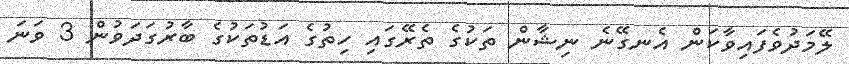
ލޭމަދުވެފައިވާކަން އެނގޭނެ ނިޝާން ތަކުގެ ތެރޭގައި ހިތުގެ އަޑުތަކުގެ ބާރުގަދަވުން 3 ވަނަ